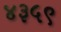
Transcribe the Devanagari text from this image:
४३५९